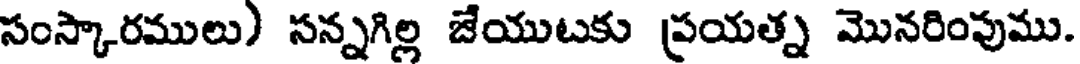
సంస్కారములు) సన్నగిల్ల జేయుటకు ప్రయత్న మొనరింపుము.